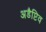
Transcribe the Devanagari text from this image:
अडैप्टिव